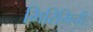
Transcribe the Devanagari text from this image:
मिरिमिची